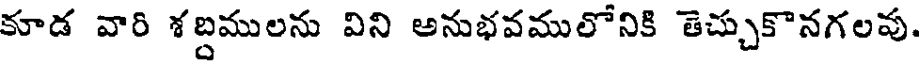
కూడ వారి శబ్దములను విని అనుభవములోనికి తెచ్చుకొనగలవు.